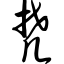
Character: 梵